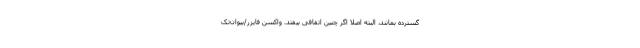
گسترده بمانند، البته اصلا اگر چنین اتفاقی بیفتد. واکسن فایزر/بیوان‌تک